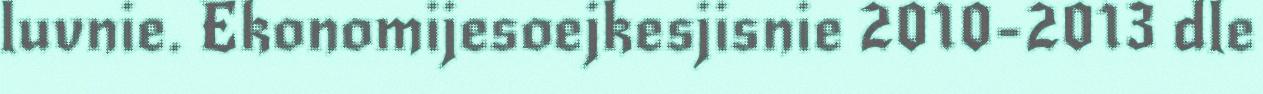
luvnie. Ekonomijesoejkesjisnie 2010-2013 dle